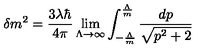
\delta m ^ { 2 } = \frac { 3 \lambda \hbar } { 4 \pi } \lim _ { \Lambda \rightarrow \infty } \int _ { - \frac { \Lambda } { m } } ^ { \frac { \Lambda } { m } } \frac { d p } { \sqrt { p ^ { 2 } + 2 } }